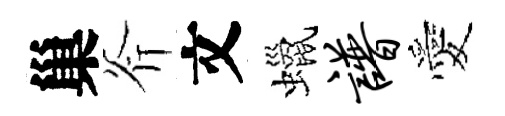
巢斧文蠟谱愛